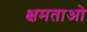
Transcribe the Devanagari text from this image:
क्षमताओ